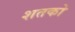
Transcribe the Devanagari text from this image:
शतको